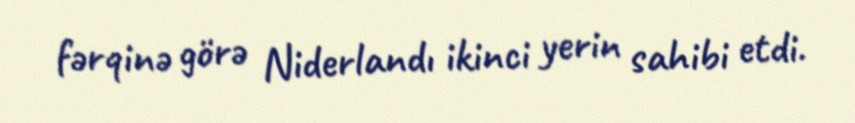
fərqinə görə Niderlandı ikinci yerin sahibi etdi.